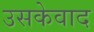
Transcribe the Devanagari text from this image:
उसकेवाद